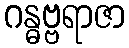
ဂန္ဓဗ္ဗရာဇာ